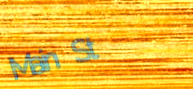
Main St